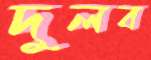
দুলব